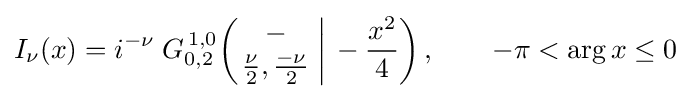
I_{\nu }(x)=i^{-\nu }\;G_{0,2}^{\,1,0}\!\left(\left.{\begin{matrix}-\\{\frac {\nu }{2}},{\frac {-\nu }{2}}\end{matrix}}\;\right|\,-{\frac {x^{2}}{4}}\right),\qquad -\pi <\arg x\leq 0